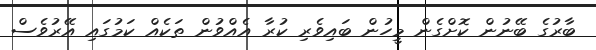
ބާރުގެ ބޭނުން ކޮށްގެން މީހުން ބައިވެރި ކުރާ އެއްވުން ތަކެއް ކަމުގައި އޭރުވެސް